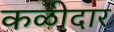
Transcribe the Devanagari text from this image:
कळीदार